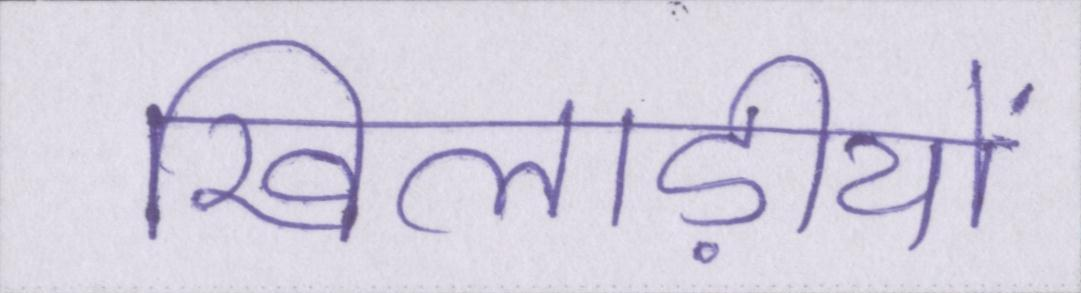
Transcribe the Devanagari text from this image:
खिलाड़ीयों